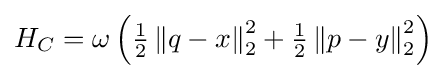
{\textstyle H_{C}=\omega \left({\frac {1}{2}}\left\|q-x\right\|_{2}^{2}+{\frac {1}{2}}\left\|p-y\right\|_{2}^{2}\right)}